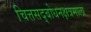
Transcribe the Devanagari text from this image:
चित्तसद्बोधनक्षत्रमाला